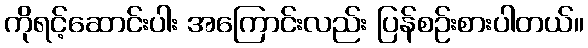
ကိုရင့်ဆောင်းပါး အကြောင်းလည်း ပြန်စဉ်းစားပါတယ်။